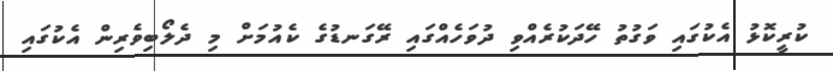
ކުރީކޮޅު އެކުގައި ވަގުތު ހޭދަކުރެއްވި ދުވަހެއްގައި ރޭގަނޑުގެ ކެއުމަށް މި ދެލޯބިވެރިން އެކުގައި